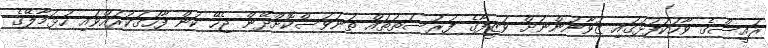
ރައީސްގެ ވާހަކަފުޅުގައި ޒުވާނުންނަށް ވަޒީފާގެ ފުރުސަތުތައް ތަނަވަސްކޮށްދޭން ޖެހޭ ކަން ފާހަގަކުރައްވައި ހުޅުމާލޭގެ